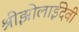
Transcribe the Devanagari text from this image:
श्रीझोलाईदेवी